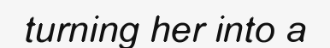
turning her into a